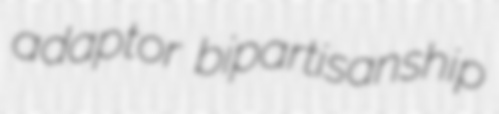
adaptor bipartisanship